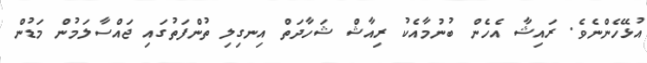
އުޅޭހެންނެވެ. ރައިޝާާ އެހެން ބުނުމާއެކު ރިއާޝް ޝަހާދަތް އިނގިލި ތުންފަތުގައި ޖައްސާލަމުން މަޑުން